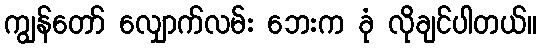
ကျွန်တော် လျှောက်လမ်း ဘေးက ခုံ လိုချင်ပါတယ်။